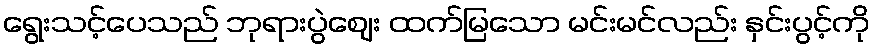
ရွေးသင့်ပေသည် ဘုရားပွဲဈေး ထက်မြသော မင်းမင်လည်း နှင်းပွင့်ကို